Vital statistics of India. Vol. VI, European troops 1870-79
Year: 1870
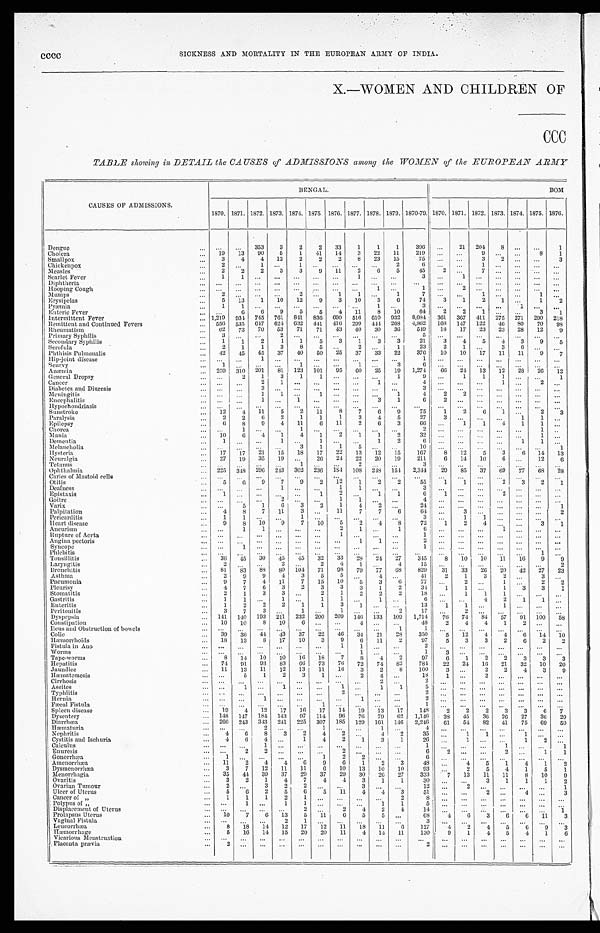
X.—WOMEN AND CHILDREN OF
CCC
TABLE showing in DETAIL the CAUSES of ADMISSIONS among the WOMEN of the EUROPEAN ARMY
CAUSES OF ADMISSIONS.
BENGAL.
BOM
1870. 1871. 1872. 1873. 1874. 1875. 1876. 1877. 1878. 1879. 1870-79.
1870. 1871. 1872. 1873. 1874. 1875. 1876.
Dengue
... ...
...
353
3
2
2
33
1
1
1
396 ...
21 204
8
. . .
...
1
Cholera
...
19
13
90
5
1
41
14
3
22
11
219
. . .
. . .
9 ...
...
8
1
Smallpox
...
3
4
4
12
2
2
2
8
23
15
75 ...
. . .
3
2
. . . ...
3
Chickenpox
. . . 2 ...
1 ...
1
. . .
. . .
. . .
. . . 2
6 . . .
. . .
. . 1 .
. . .
. . . ...
. . .
Measles
. . . 2
2
2
3
3
9
11
2
6
5
45
2 ...
7
. . .
. . . ...
. . .
Scarlet Fever
. . . 1
1
. . . ...
... ...
...
1 ...
. . .
3 ...
1
. . .
. . .
. . . ...
...
Diphtheria
... ...
...
. . . ... ...
. . .
. . .
. . . ...
. . .
. . . ...
...
...
...
...
...
...
Hooping Cough
. . .
. . . ...
. . . ...
...
. . . ...
...
1 . . .
1 ...
2
. . .
. . . ...
...
Mumps
Erysipelas
...
...
2
5 ... 13
. . .
1
...
10 2 12
. . .
9
1
3
1
10
. . .
5
1
6
7
74
. . .
3
. . .
1
1
2
. . .
1
. . .
. . .
1
1
. . .
2
Pyæmia
...
1
1
. . . ... ...
. . .
. . .
. . . 1
. . .
3
. . .
. . . ...
...
1 ...
...
Enteric Fever
...
. . .
6
6
9
5
5
4
11
8
10
64
2
2
1 ...
...
3
1
Intermittent Fever
. . .
1,219 934 745 761 841 836 690 516 610 932 8,084 361 367 411 275 271 290 218
Remittent and Continued Fevers
. . . 556 535 647 624 632 441 416 299
4 4 4 268 4,862 168 147 122
46
8 0
70
98
Rheumatism
...
62
73
70
53
71
71
43
40
30
36
549
18
17
23
23
28
12
9
Primary Syphilis
...
3 ...
. . . 2
...
. . .
. . .
. . .
. . .
. . .
5
. . .
. . .
. . .
. .
. . .
. . .
. . .
Secondary Syphilis
...
1
1
2
1
1
5
3
1
3
3
2 1
3 4
5
4
3 9
5
Scrofula
...
2
1
1
3
8
5
. . .
2
. . . 1
23
2
1
. . .
3
6 ...
. . .
Phthisis Pulmonalis
... 42
45
45
37
40
50
25
37
33
22
376
10
10
17
11
11
9
7
Hip-joint disease
. . ....
...
1
... ...
. . .
. . .
. . . ...
...
1 ...
...
...
...
...
...
...
Scurvy
. . . 1 ...
. . . ... 1
. . .
. . .
1 ...
3
6 ...
...
...
...
...
...
...
Anæmia
... 259 310 201
81 123 101
95
60
25
19 1,274
66
24
13
12
28
26
12
General Dropsy
. . .
. . .
2
1
3
1
1
. . .
. . .
. . . 1
9
. . . 1
1
1
. . . ...
1
Cancer
. . . ...
...
2
1 ...
. . . ...
...
1
. . .
4
. . .
. . .
. . .
1
. . . 2
. . .
Diabetes and Diuresis
... ...
...
3 ... ...
. . .
. . . . . .
. . .
. . .
3
. . . ...
...
. . . ... ...
...
Meningitis
. . . ... ...
1
1 ...
1
. . . ...
...
1
4
2
2
. . .
. . .
. . . ...
...
Encephalitis
... ...
...
1 ...
1
...
...
...
3
1
6
2
. . .
. . .
. . .
. . . ...
...
Hypochondriasis
. . .
. . . ...
. . . ...
...
. . .
. . .
. . .
. . . ...
. . .
. . .
. . . ...
...
... ...
. . .
Sunstroke
. . . 12
4
11
5
2
11
8
7
6 9
75
1
2
6
1
. . .
2
3
Paralysis
...
2
2
6
2
1
1
1
3
4
5
27
3 ...
...
...
1
1 ...
Epilepsy
...
6
8
9
4
11
6
11
2
6
3
66 ...
1
1
4
1
1
. . .
Chorea
. . .
. . . 1
. . . ... 1
. . .
. . .
. . .
. . . ...
2 ...
...
...
...
...
1
. . .
Mania
...
10
6
4
1
4
1
2
1
1
2
32 ...
...
. . . ...
. . .
1 ...
Dementia
...
1
...
. . . 1
...
1
. . .
. . . 1
2
6 ...
...
...
...
1
1
. . .
Melancholia
. . .
. . .
...
. . . ...
3
1
1
5
. . .
. . .
1 0
. . .
. . .
. . .
. . .
. . . ...
1
Hysteria
...
17
17
21
15
18
17
22
13
12
15
167
8
12
5
3
6 14
13
Neuralgia
...
27
19
35
19 ...
26
24
22
20
19
211
6
14
10
6 . . .
12
6
Tetanus
... ...
...
...
... 1
. . .
. . . 2
... ...
3
. . . ...
...
...
...
...
...
Ophthalmia
... 225 348 296 243 302 236 184 108 248 154
2,344 29
85
37
69
77
68
28
Caries of Mastoid cells
... ...
...
. . . ...
...
. . .
. . . . . .
...
...
. . .
. . .
. . .
. . . ...
...
...
...
Otitis
...
5
6
9
7
9
2
12
1
2
2
55
1
1 ...
2
3
2
1
Deafness
. . . ...
... ...
1 ...
. . .
1 1
. . .
. . .
3 ...
...
. . . ...
...
...
...
Epistaxis
...
1 ...
. . .
... ...
1
2 ...
1
1
6
1
. . . ...
2 ...
...
...
Goitre
. . .
. . . ...
...
2
...
. . . 1
1 ...
...
4
. . . ...
. . .
. . . ...
...
. . .
Varix
...
. . .
5
1
6
3
2
1
4
2
. . .
24
. . .
. . .
. . .
. . .
. . . ...
1
Palpitation
...
4
8
7
11
3
. . . 11
7
7
6
64 ...
3
. . .
. . .
. . . ...
2
Pericarditis
...
1
1
. . . ...
1
. . .
. . .
. . .
. . .
. . .
3
. . .
1
1
. . .
. . . ...
. . .
Heart disease
...
9
8 10
9
7
10
5
2
4
8
72
1
2
4
. . .
. . .
3
1
Aneurism
... ...
1
1
... ...
...
2
1 ...
1
6 ...
...
...
1 ... ...
...
Rupture of Aorta
... ...
... . . .
... ...
...
1
. . . ...
...
1 . . .
. . .
. . .
. . .
. . . ...
...
Angina pectoris
. . .
. . .
... . . .
...
... ...
...
1
1 ...
2 . . .
. . .
. . .
. . .
. . . ...
. . .
Syncope
...
. . .
1 ...
...
...
...
...
...
...
...
1 ...
...
...
...
...
...
...
Phlebitis
... ...
... ...
...
. . .
. . .
...
...
...
. . .
...
...
...
...
...
...
1 . . . . . .
Tonsillitis
. . . 36
45
30
45
45
32
33
28
24 27
345
8
10
10
11
16
9
9
Laryngitis
...
2
...
. . . 2
...
2
4
1
. . . 4
15
. . .
. . .
. . .
. . .
. . . ...
2
Bronchitis
...
81
83
88
80 104
71
98
79
77
68
829
31
33
26
20
42
27
23
Asthma
...
2
9
9
4
3
5
5
. . .
4
. . .
41
2
1
3
2
. . . 3 ...
Pneumonia
...
9
7
4
11
7
15
10
5
3
6
77 ...
2
. . . 1
. . . 2
2
Pleurisy
...
4
7
6
3
2
3
3
3
1
2
34
1
1
. . . 1
3
3
1
Stomatitis
...
2
1
3
3 ...
2
1
2
2
2
18
. . .
1
1
1
. . .
. . .
. . .
Gastritis
...
1
1 ... 1
...
1
1 ...
1
. . .
6 ...
...
4
2
1
1 ...
Enteritis
...
1
2
2
2
1
1
3
1
. . .
. . .
13
1
1 ...
1
. . .
. . .
. . .
Peritonitis
...
3
7
3 ...
1
. . .
1
. . .
. . . 2
17 ...
2 ...
...
...
. . . ...
Dyspepsia
. . . 141 140 193 211 232 200 209 146 133 109 1,714
76
74
84
57
91 100
58
Constipation
... 10
10
8
10
6
. . .
. . .
4
. . .
. . .
48
2
4
4
1
2 ...
. . .
Ileus and Obstruction of bowels
. . . . . .
...
. . . . . .
. . . ...
...
...
...
1
1
. . .
. . .
. . .
. . . ...
. . . ...
Colic
. . . 39
36 44
43 37
22 46
34
21
28
350
5
12
4
4
6
14
10
Hæmorrhoids
. . . 18
13
8 17
10
3
9
6
11
2
97
5
3
3
2
6
2
2
Fistula in Ano
... ...
...
. . .
...
... ...
1
1
. . .
. . .
2 ...
...
...
...
...
...
...
Worms
. . .
. . . ...
. . .
...
...
. . .
. . .
1
. . . ...
1
3
. . .
. . .
. . . ...
...
...
Tape-worms
...
8
14 10
10
16
1 8
7
8
4
2
97
6
1
2
2
3
3
3
Hepatitis
...
74
91 93
83
66
73
76
72
74
8 2
784
22
24 16
21
32
10
20
Jaundice
...
11
13
11
12
13
11
16
3
2
8
100
3 ...
2
2
4
3
9
Hæmatemesis
... ...
5
1
2
3
1
. . .
2
4
. . .
18
1 ...
2
. . .
. . .
. . .
. . .
Cirrhosis
. . . ...
...
...
. . . ...
. . . ...
...
2
. . .
2 ...
. . . ...
...
...
...
...
Ascites
... ...
1
. . . 1
...
. . . 1 ...
1
1
5
. . .
. . .
. . .
. . .
. . . ...
. . .
Typhlitis
. . .
. . .
... ...
...
. . . ...
2 ...
...
. . .
2
. . .
. . .
. . .
. . .
. . . ...
. . .
H e r n i a
... ...
... 1 ...
...
...
...
1
. . .
. . .
2
. . . ...
...
...
...
. . . ...
Fæcal Fistula
... ...
...
...
...
. . .
1
. . .
. . .
. . .
. . .
1 ...
...
...
...
...
...
...
Spleen disease
...
19
4
12
17
16
17
14
19
13
17
148
2
2
2
3
3
6
7
Dysentery
... 148 147 184 143 97 114
96
76
79
62 1,146
38 45
36
26
27
36
29
Diarrhœa
... 266 243 343 241 225 307 185 129 161 146 2,246
61
54 82
41
75
69
50
Hæmat uri a
... ...
...
2 ... ...
1
. . .
. . .
1
. . .
4
. . .
. . .
. . .
. . .
. . .
. . . ...
Nephritis
. . .
4
6
8
3
2
4
2 ...
4
2
35 ...
1
1
. . .
1
. . .
. . .
Cystitis and Ischuria
...
4
6
4 ...
1
4
2
1
3
1
26
. . .
1
. . .
. . . 1
2
. . .
Calculus
...
. . .
...
1 ... ...
...
. . .
. . .
. . . ...
1
. . .
. . .
. . . 1
. . . ...
1
Enuresis
. . .
...
2 2 ... ...
. . .
2 ...
...
...
6
2
. . .
. . .
2
. . . 1
1
Gonorrhæa
...
1
... ...
...
...
1
2
2 ...
. . .
6
. . . ...
. . .
. . .
. . .
. . . ...
Amenorrhæa
...
11
2
4
4
6
9
6
1
2
3
48 . . .
4
5
1
4
1
2
Dysmenorrhæa
. . .
3
7
12
11
11
6
10
13
10
10
93
. . .
2
5
4
1
5
1
Menorrhagia
...
35
44 39
37
29 37
29 30
26
27
333
7
13
11
11
8
10
9
Ovaritis
. . .
3
2
1
4
7
4
4
3
1
1
30
. . . ...
3
1
1
1
2
Ovarian Tumour
...
2
...
3
2 2
. . .
. . .
. 3 . .
. . .
. . .
12 ...
2
. . .
. . .
. . .
. . .
1
Ulcer of Uterus
...
5
6
2
5
6
5
11
4
4
3
51
. . .
. . .
2
. . . 4
. . .
3
Cancer of „
...
1
1
1
2 1
. . .
. . .
. . .
. . .
2
8
. . .
. . .
. . .
. . .
. . .
. . .
. . .
Polypus of „
... ... 1
. . .
1
1
. . .
. . . ...
1
1
5
. . .
. . .
. . .
. . .
. . .
. . .
. . .
Displacement of Uterus
. . . ...
...
...
... 2
. . .
2
4
2
4
14
. . .
. . . ...
. . . ...
...
1
Prolapsus Uterus
. . .
10
7
6
13
5
11
6
5
5
. . .
6 8 4
6
3
6
6
11
3
Vaginal Fistula
. . .
. . . ...
...
2
1
. . .
. . .
. . .
. . .
. . .
3 ...
. . . ...
. . .
. . . ...
...
Leucorrhæa
...
8
18 14
12
17
12
11
18
11
6
127
4
2
4
5
6
9
3
Hæmorrhage
...
5
16
14
15
20
20
11
4
14
11
130
9
1
4
5
4
1
6
Vicarious Menstruation
... ...
...
...
...
...
. . .
. . .
. . . ...
. . .
...
. . .
. . .
. . .
. . .
. . .
. . .
. . .
Placenta prævia
. . .
2
...
. . .
... ...
. . .
. . .
. . .
. . .
. . .
2
. . .
...
. . .
. . .
...
...
...